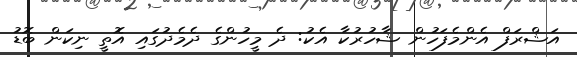
އަޝްރަފް އެންމެފަހުން ޝާހުރުކާ އެކު: ދެ މީހުންގެ ދެމެދުގައި އޮތީ ނިކަން ބޮޑު